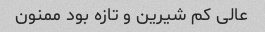
عالی کم شیرین و تازه بود ممنون